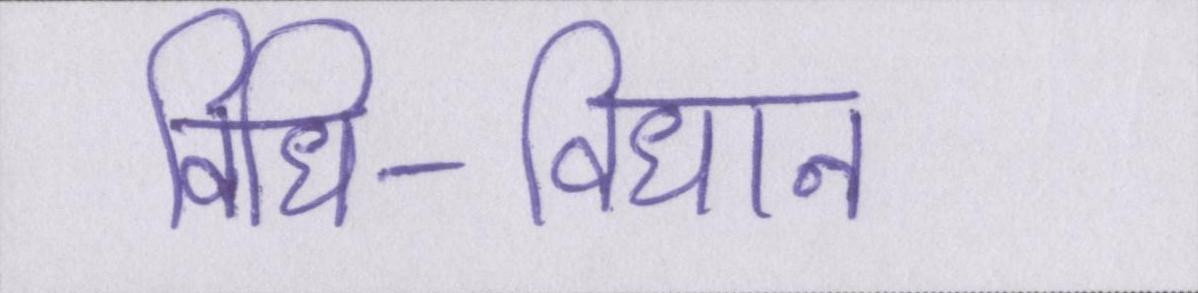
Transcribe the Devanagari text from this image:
विधि-विधान